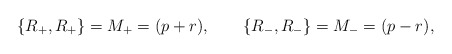
\begin{align*}\{ R_+, R_+ \} = M_+ = (p+r), \qquad\{ R_-, R_- \} = M_- = (p-r), \qquad\end{align*}